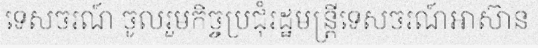
ទេសចរណ៍ ចូលរួមកិច្ចប្រជុំរដ្ឋមន្ត្រីទេសចរណ៍អាស៊ាន